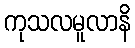
ကုသလမူလာနိ